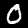
Digit: 0